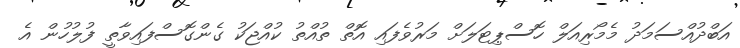
އަބްދުއްސަމަދު މެމޯރިއަލް ހޮސްޕިޓަލަށް މަރުވެފައި އޮތް ތުއްތު ކުއްޖަކު ގެންގޮސްފައިވާތީ ފުލުހުން އެ